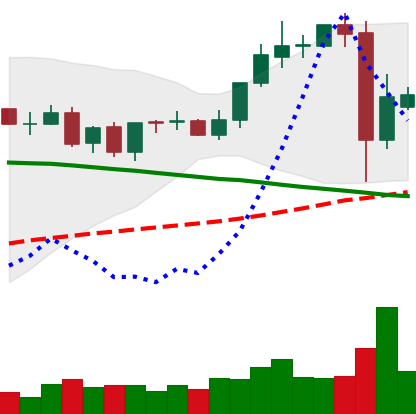
Ticker: TRX-USD
Chart end date: 2021-09-09
Forward return: 27.137%
Label: up_7plus